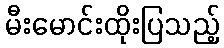
မီးမောင်းထိုးပြသည့်